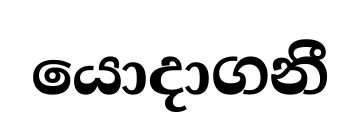
යොදාගනී